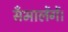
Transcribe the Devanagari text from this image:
सँभालेंगें।